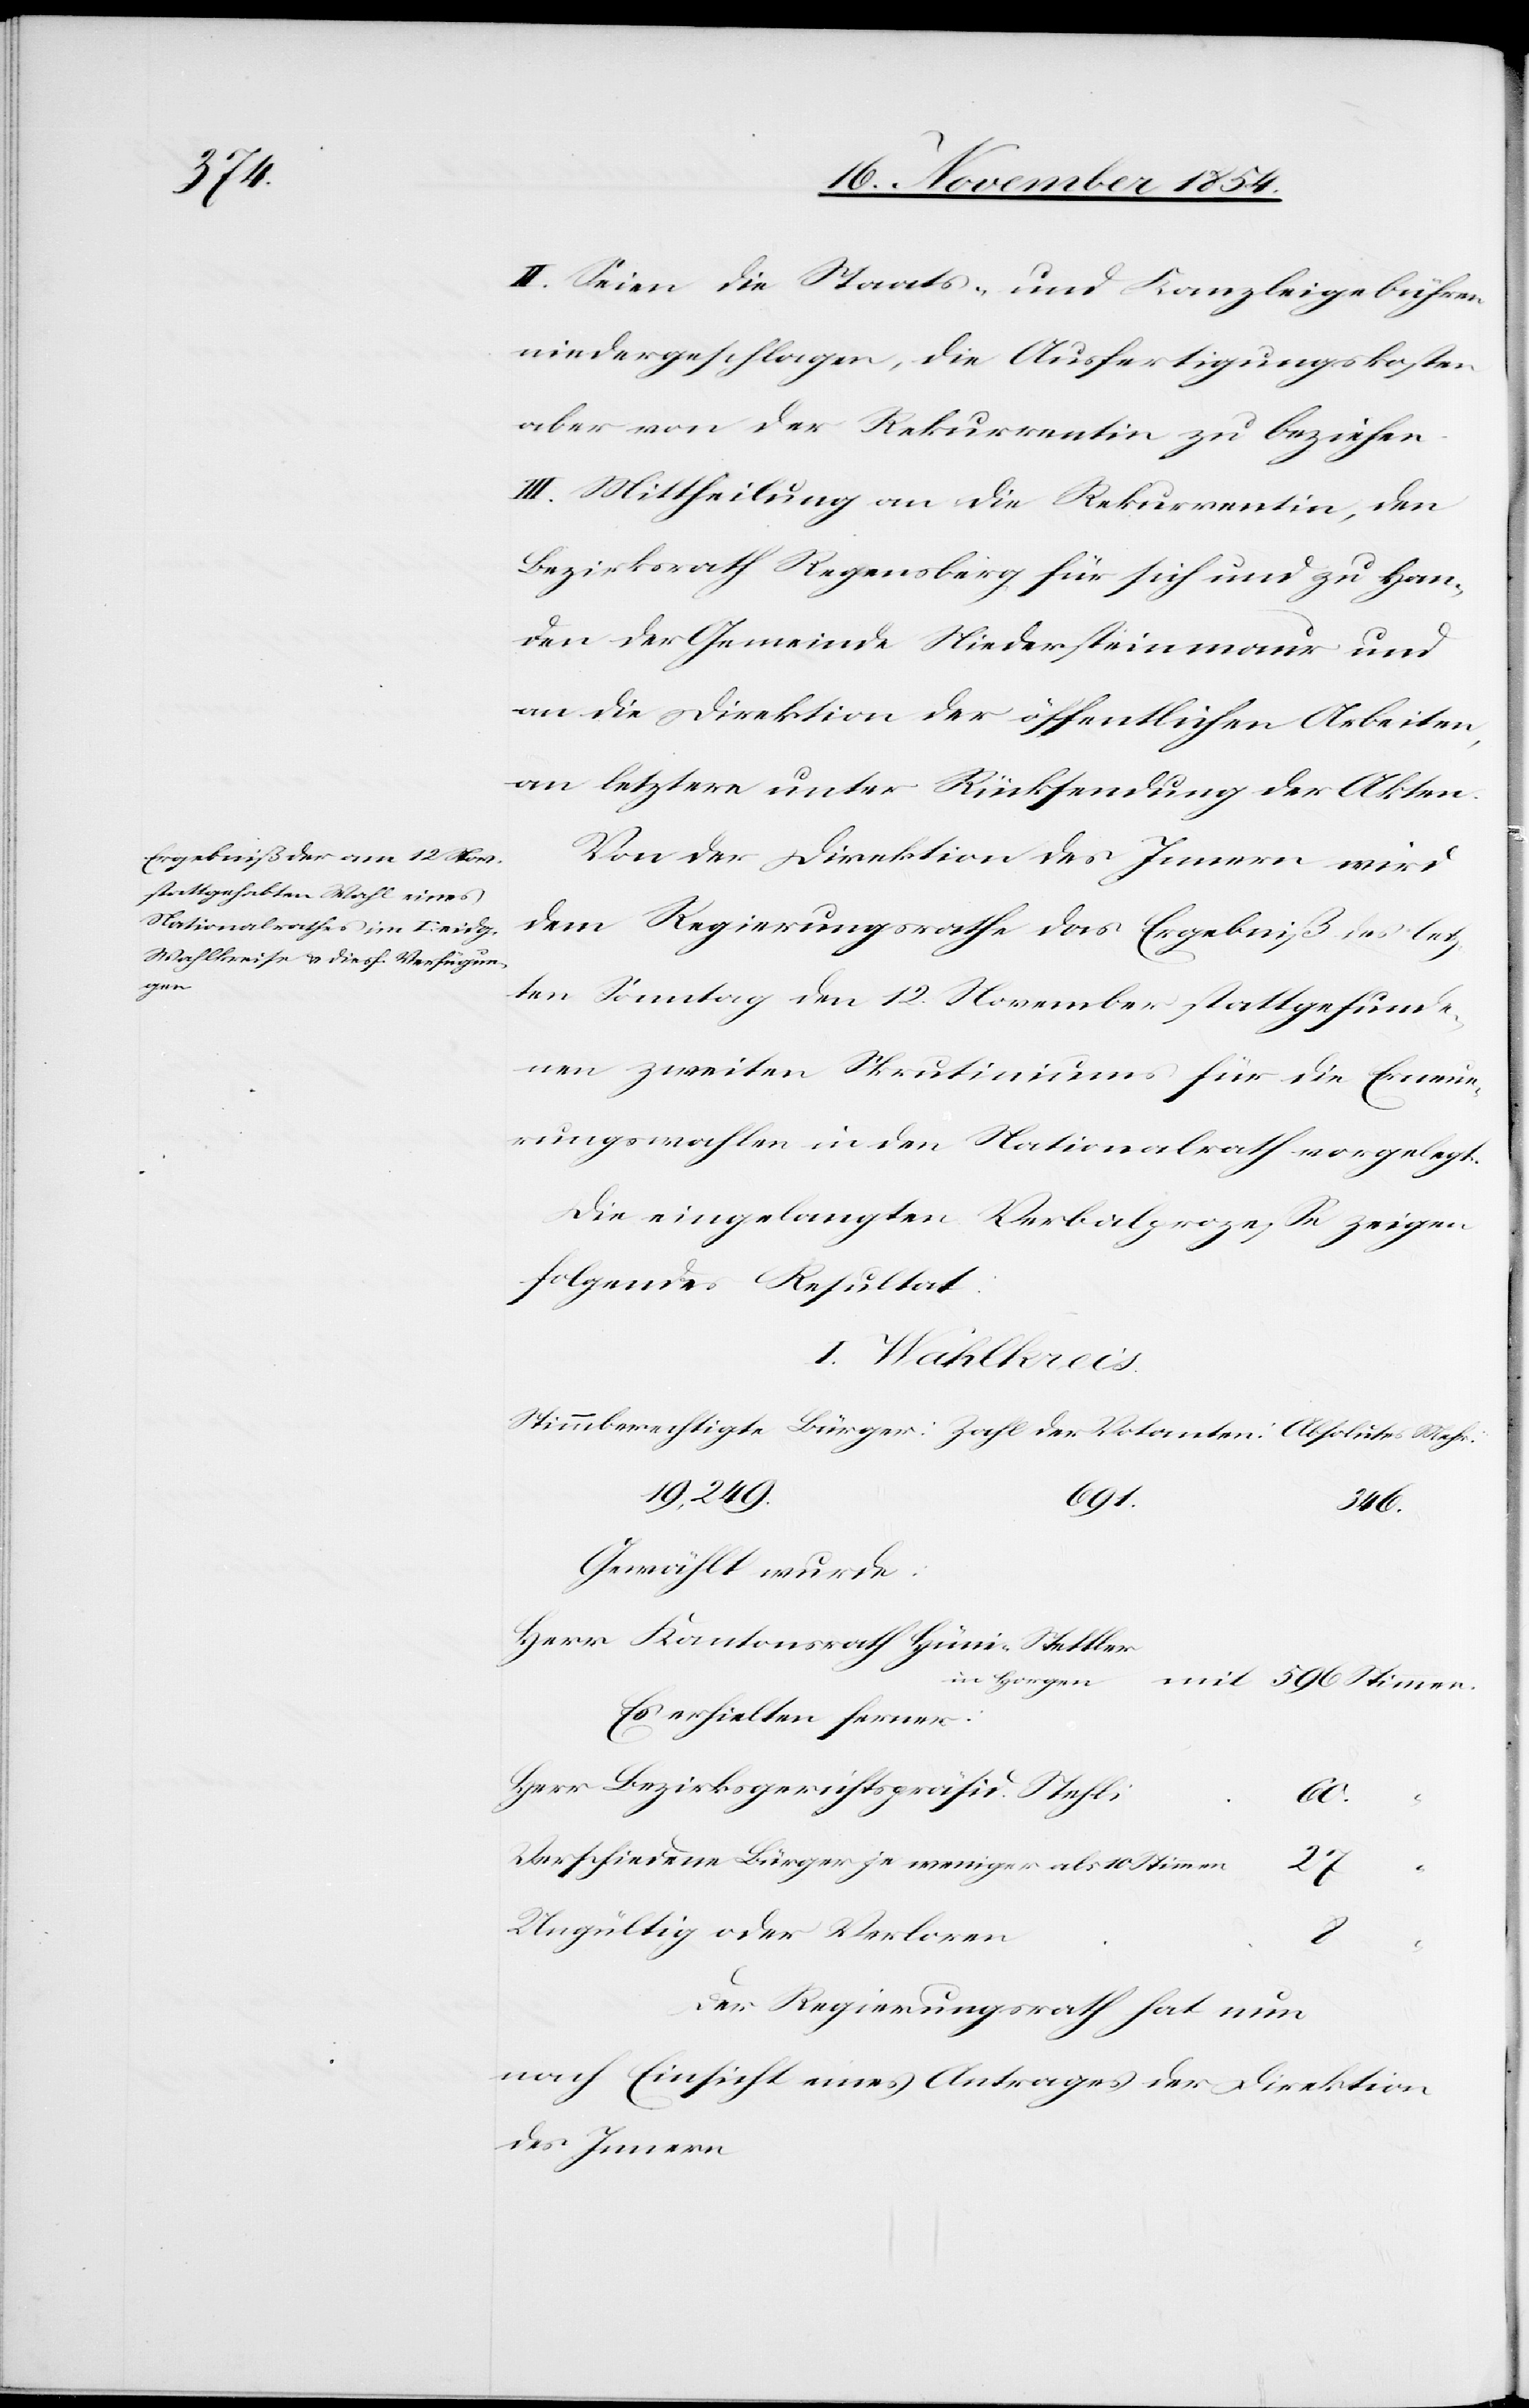
Mehr.

II. Seien die Staats- und Kanzleigebühren
niedergeschlagen, die Ausfertigungskosten
aber von der Rekurrentin zu beziehen.
III. Mittheilung an die Rekurrentin, den
Bezirksrath Regensberg für sich und zu Han¬
den der Gemeinde Niedersteinmaur und
an die Direktion der öffentlichen Arbeiten,
an letztere unter Rücksendung der Akten.
Von der Direktion des Innern wird
dem Regierungsrathe das Ergebniß des letz¬
ten Sonntag den 12. November stattgefunde¬
nen zweiten Skrutiniums für die Erneue¬
rungswahlen in den Nationalrath vorgelegt.
Die eingelangten Verbalprozeße zeigen
folgendes Resultat:
I. Wahlkreis
19,249.
691.
346.
Gewählt wurde:
Herr Kantonsrath Hüni-Stettler
in Horgen
mit 596 Stimmen.
Es erhielten ferner:
Herr Bezirksgerichtspräsid. Stehli
60
Verschiedene Bürger je weniger als 10 Stimmen
“
Ungültig oder Verloren
“
Der Regierungsrath hat nun
nach Einsicht eines Antrages der Direktion
des Innern